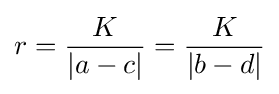
r={\frac {K}{|a-c|}}={\frac {K}{|b-d|}}